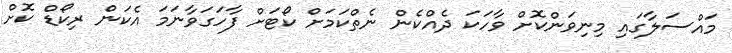
މައްސަލާގައި މިނިވަންކޮށް ވާހަކަ ދެއްކެން ނެތްކަމަށް ކޯޓަށް ފާހަގަވާނަމަ އެކަން ރިކޯޑް ކޮށް